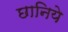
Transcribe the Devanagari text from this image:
छानिये